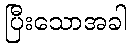
ပြီးသောအခါ